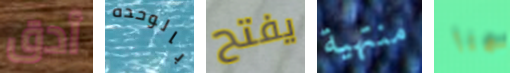
أدق بالوحده يفتح منتهية هنا